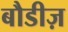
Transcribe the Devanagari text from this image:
बौडीज़